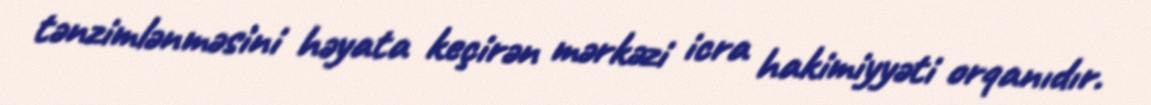
tənzimlənməsini həyata keçirən mərkəzi icra hakimiyyəti orqanıdır.